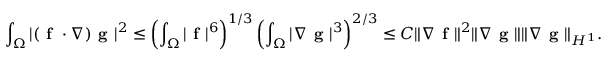
\aligned \int _ { \Omega } | ( \textbf { f } \cdot \nabla ) \textbf { g } | ^ { 2 } \leq \left( \int _ { \Omega } | \textbf { f } | ^ { 6 } \right) ^ { 1 / 3 } \left( \int _ { \Omega } | \nabla \textbf { g } | ^ { 3 } \right) ^ { 2 / 3 } \leq C \| \nabla \textbf { f } \| ^ { 2 } \| \nabla \textbf { g } \| \| \nabla \textbf { g } \| _ { H ^ { 1 } } . \endaligned